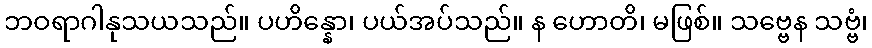
ဘဝရာဂါနုသယသည်။ ပဟိန္နော၊ ပယ်အပ်သည်။ န ဟောတိ၊ မဖြစ်။ သဗ္ဗေန သဗ္ဗံ၊